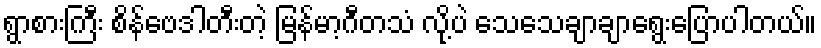
ရွာစားကြီး စိန်ဗေဒါတီးတဲ့ မြန်မာ့ဂီတသံ လို့ပဲ သေသေချာချာရွေးပြောပါတယ်။